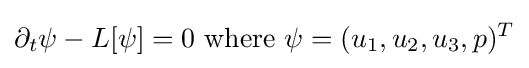
\partial _{t}\psi -L[\psi ]=0{\text{ where }}\psi =(u_{1},u_{2},u_{3},p)^{T}